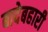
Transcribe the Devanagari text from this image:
बादेबहारी